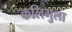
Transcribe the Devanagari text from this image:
कलिगुला